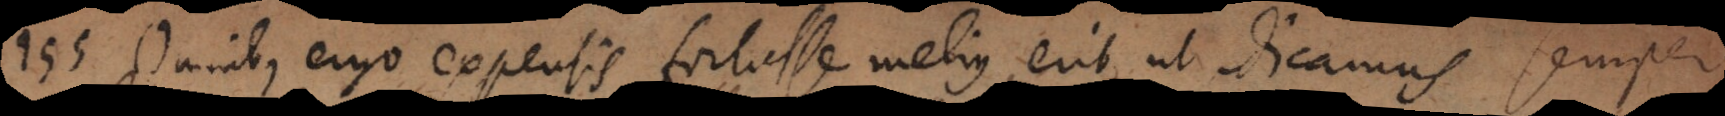
155) Omnibus ergo expensis fortasse melius erit, ut dicamus semper